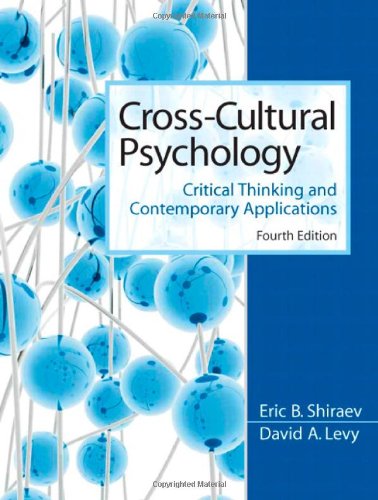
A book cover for Cross-Cultural Psychology: Critical Thinking and Contemporary Applications (4th Edition); Eric B. Shiraev; Medical Books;